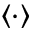
\langle \cdot \rangle